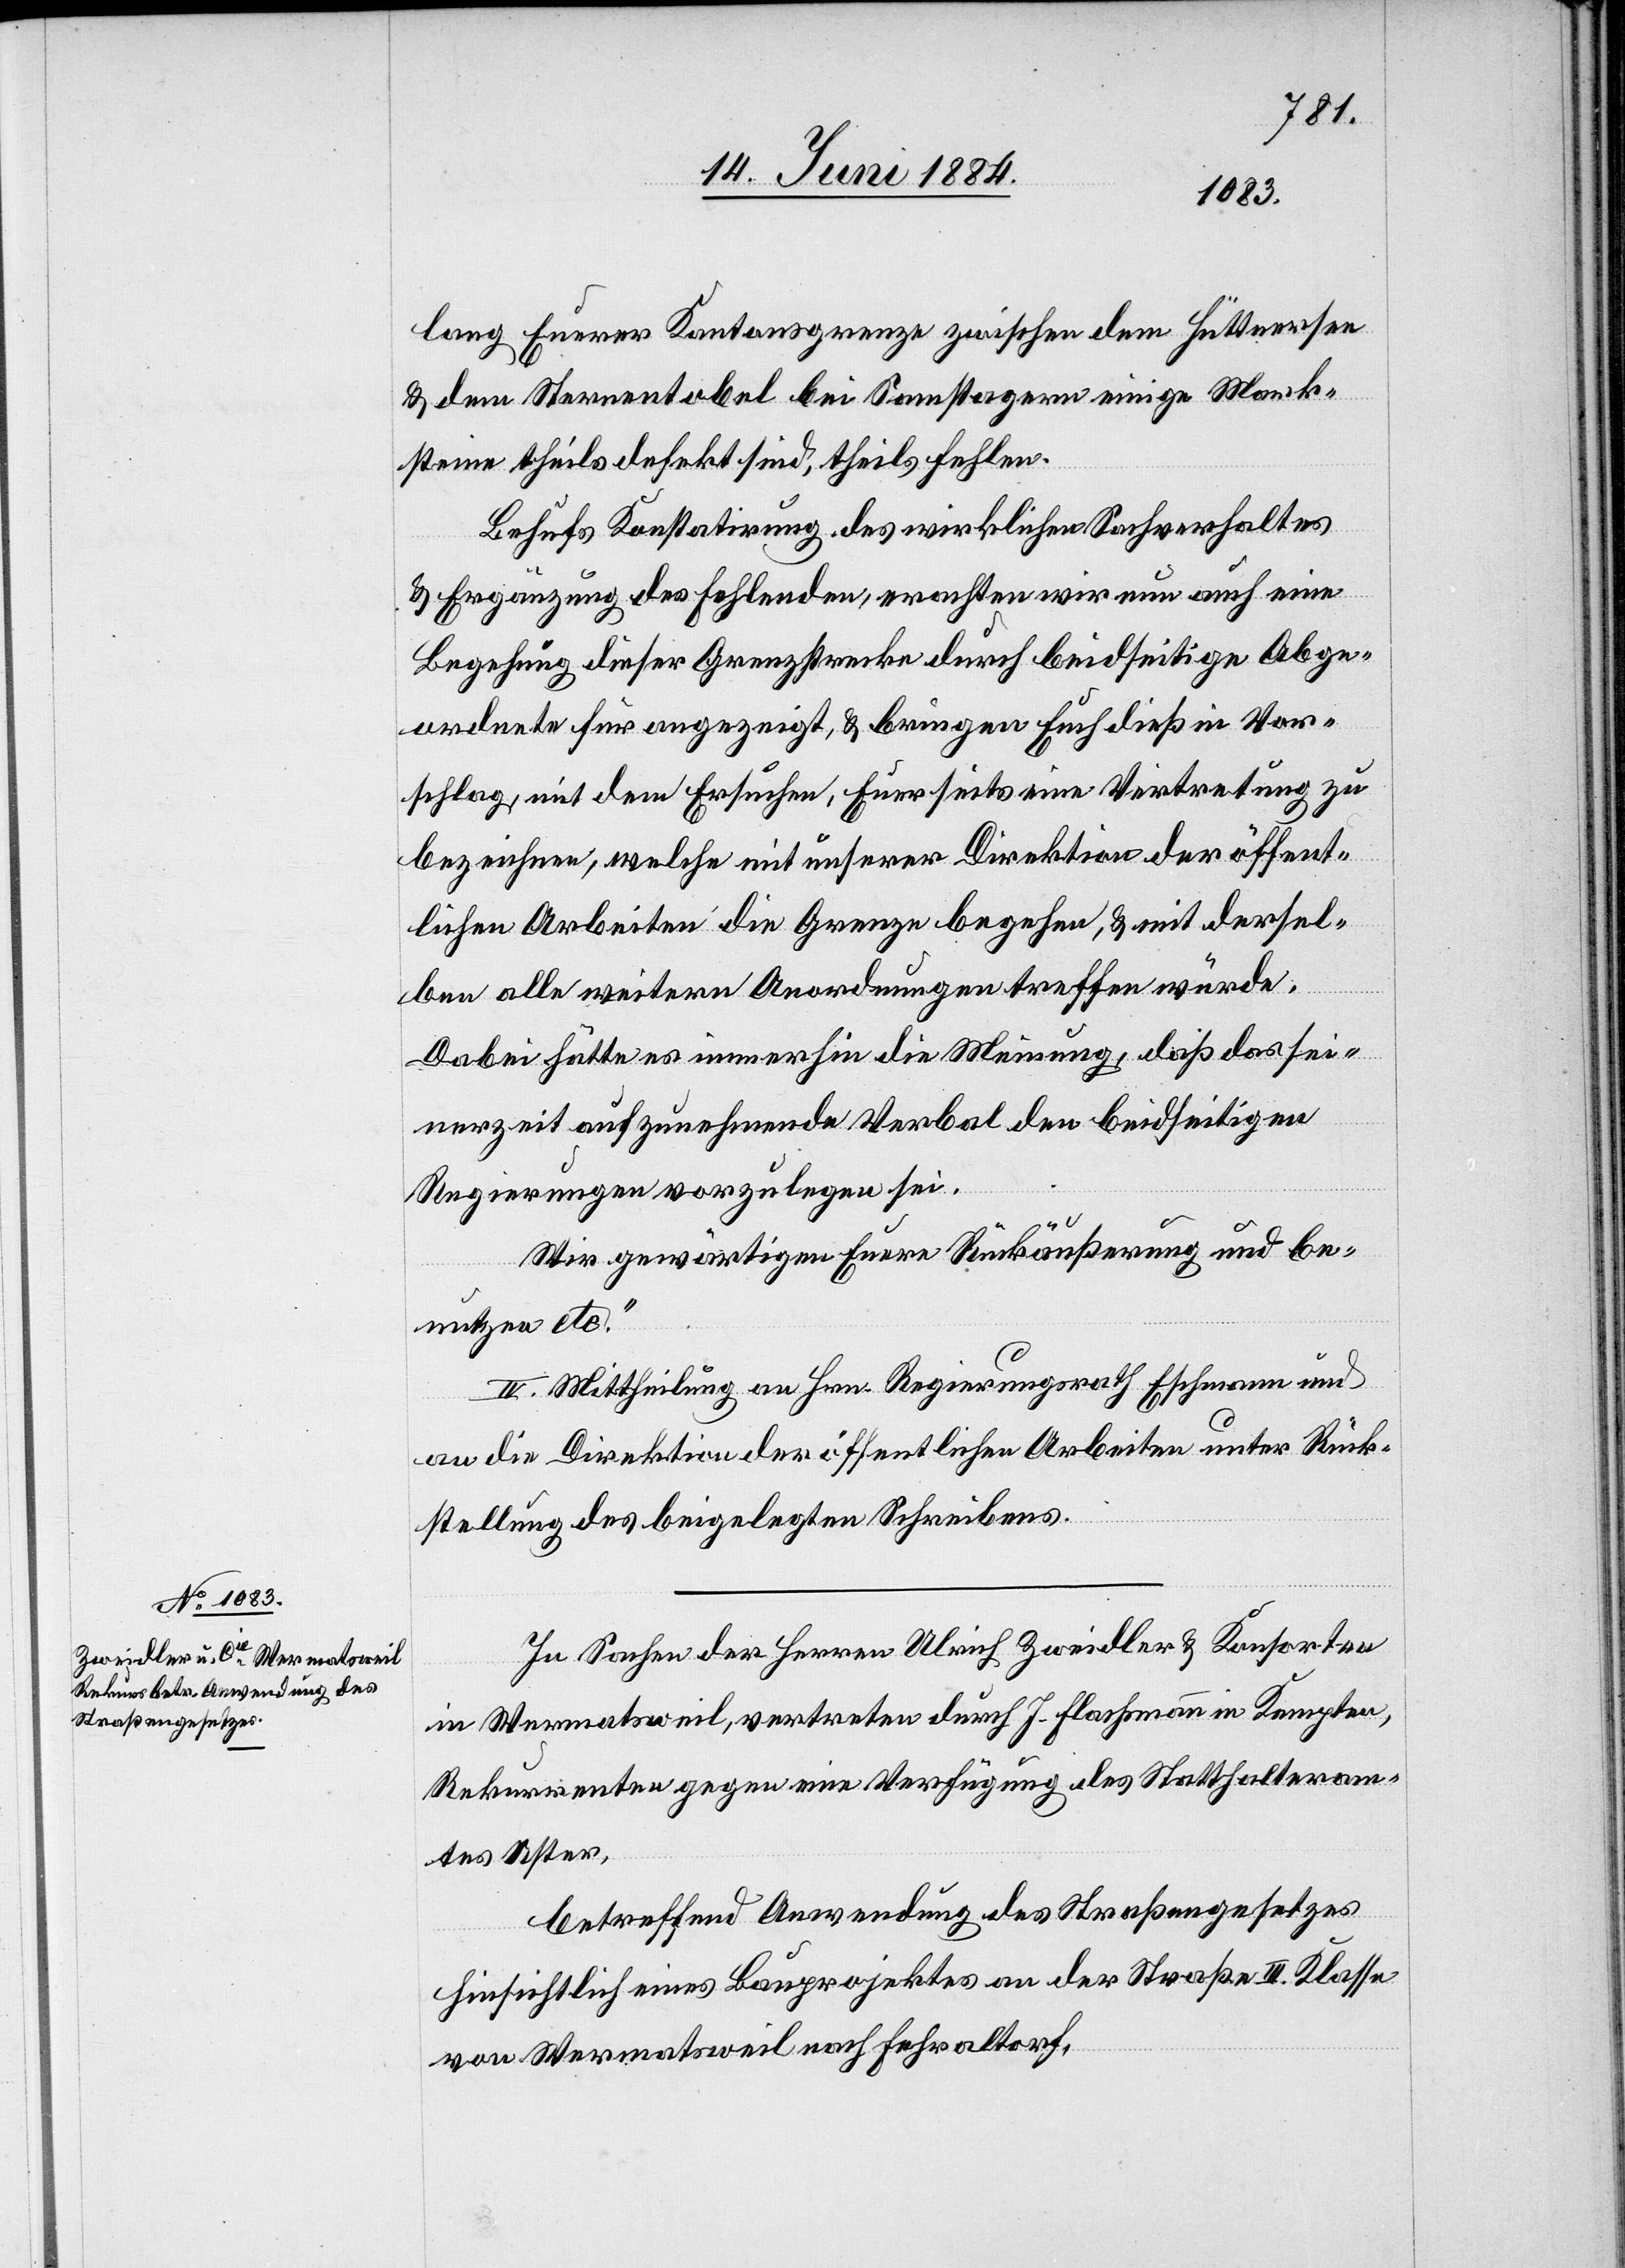
lang Euerer Kantonsgrenze zwischen dem Hüttersee
& dem Sternentobel bei Samstagern einige Mark¬
steine theils defekt sind, theils fehlen.
Behufs Konstatirung des wirklichen Sachverhaltes
& Ergänzung des fehlenden, erachten wir nun auch eine
Begehung dieser Grenzstrecke durch beidseitige Abge¬
ordnete für angezeigt, & bringen Euch dieß in Vor¬
schlag, mit dem Ersuchen, Euerseits eine Vertretung zu
bezeichnen, welche mit unserer Direktion der öffent¬
lichen Arbeiten die Grenze begehen, & mit dersel¬
ben alle weitern Anordnungen treffen würde.
Dabei hätte es immerhin die Meinung, daß das sei¬
nerzeit aufzunehmende Verbal den beidseitigen
Regierungen vorzulegen sei.
Wir gewärtigen Euere Rückäußerung und be¬
nutzen etc.“
II. Mittheilung an Hrn. Regierungsrath Eschmann und
an die Direktion der öffentlichen Arbeiten unter Rück¬
stellung des beigelegten Schreibens.
In Sachen der Herren Ulrich Zweidler & Konsorten
in Wermatsweil, vertreten durch J. Flachmann in Kempten,
Rekurrenten gegen eine Verfügung des Statthalteram¬
tes Uster,
betreffend Anwendung des Straßengesetzes
hinsichtlich eines Bauprojektes an der Straße III. Klasse
von Wermatsweil nach Fehraltorf,